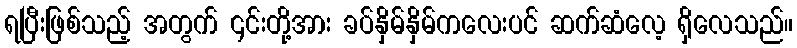
ရပြီးဖြစ်သည့် အတွက် ၎င်းတို့အား ခပ်နှိမ်နှိမ်ကလေးပင် ဆက်ဆံလေ့ ရှိလေသည်။